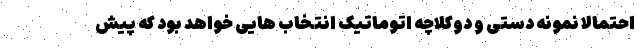
احتمالا نمونه دستی و دوکلاچه اتوماتیک انتخاب هایی خواهد بود که پیش